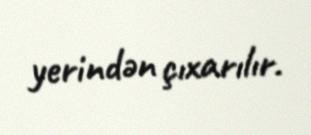
yerindən çıxarılır.